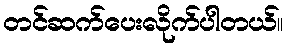
တင်ဆက်ပေးလိုက်ပါတယ်။